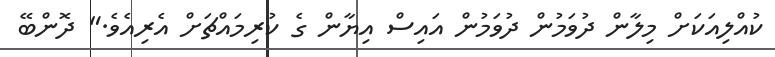
ކުއްލިއަކަށް މިލާން ދުވަމުން ދުވަމުން އައިސް އިޔާން ގެ ކުރިމައްޗަށް އެރިއެވެ." ދޮންބޭ